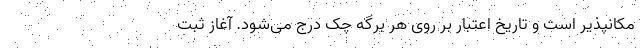
مکانپذیر است و تاریخ اعتبار بر روی هر برگه چک درج می‌شود. آغاز ثبت